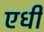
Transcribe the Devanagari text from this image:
एधी